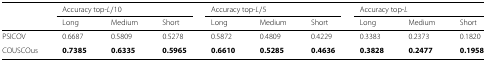
<table><thead><tr><td></td><td colspan="3"><b>Accuracy top- <i>L</i>/10</b></td><td colspan="3"><b>Accuracy top- <i>L</i>/5</b></td><td colspan="3"><b>Accuracy top-<i>L</i></b></td></tr><tr><td></td><td><b>Long</b></td><td><b>Medium</b></td><td><b>Short</b></td><td><b>Long</b></td><td><b>Medium</b></td><td><b>Short</b></td><td><b>Long</b></td><td><b>Medium</b></td><td><b>Short</b></td></tr></thead><tbody><tr><td>PSICOV</td><td>0.6687</td><td>0.5809</td><td>0.5278</td><td>0.5872</td><td>0.4809</td><td>0.4229</td><td>0.3383</td><td>0.2373</td><td>0.1820</td></tr><tr><td>COUSCOus</td><td><b>0.7385</b></td><td><b>0.6335</b></td><td><b>0.5965</b></td><td><b>0.6610</b></td><td><b>0.5285</b></td><td><b>0.4636</b></td><td><b>0.3828</b></td><td><b>0.2477</b></td><td><b>0.1958</b></td></tr></tbody></table>